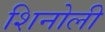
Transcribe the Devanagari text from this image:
शिनोली